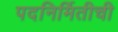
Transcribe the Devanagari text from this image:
पदनिर्मितीची